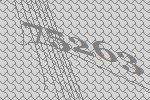
75263